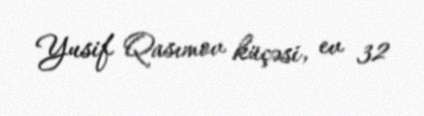
Yusif Qasımov küçəsi, ev 32